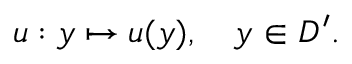
u : y \mapsto u ( y ) , \quad y \in D ^ { \prime } .